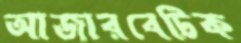
আজারবেটিক